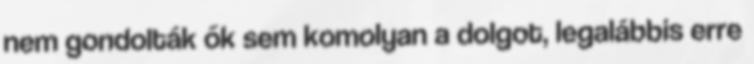
nem gondolták ők sem komolyan a dolgot, legalábbis erre